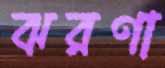
ঝরণা